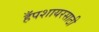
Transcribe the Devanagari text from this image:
हँपशायरसाठी